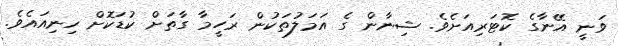
ވަނީ އޭނާގެ ކޮޓަރިއަށެވެ. ޝިނާން ގެ އަމަލުތަކުން ރަހީމާ ގާތަށް ކުޑަކޮށް ހިނިއައެވެ.